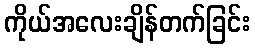
ကိုယ်အလေးချိန်တက်ခြင်း